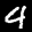
Label: 4